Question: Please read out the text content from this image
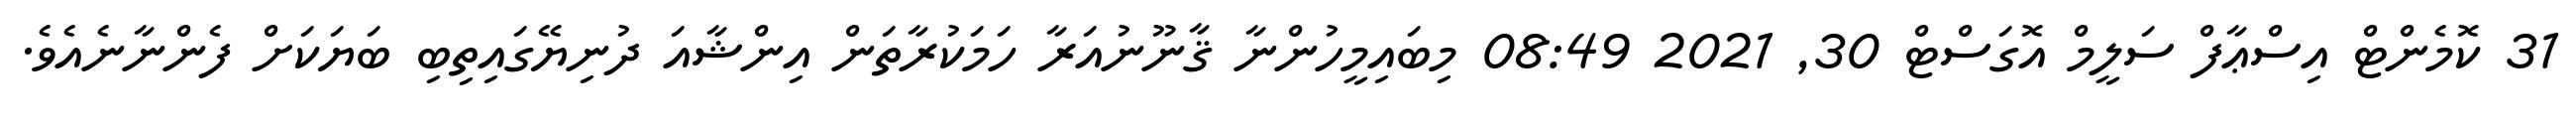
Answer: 31 ކޮމެންޓް އިސްޢާފް ސަލީމް އޮގަސްޓް 30, 2021 08:49 މިބައިމީހުންނާ ޤާނޫނުއަރާ ހަމަކުރާތަން އިންޝާއަ ދުނިޔޭގައިތިބި ބަޔަކަށް ފެންނާނެއެވެ.